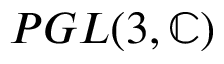
P G L ( 3 , \mathbb { C } )